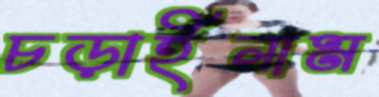
চড়াইলাম